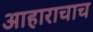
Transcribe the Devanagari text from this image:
आहाराचाच